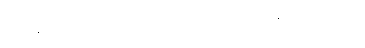
ယူအန်ဒီပီ ကိုလည်း အီးမေးနဲ့ ဆက်သွယ်မေးမြန်းထားပါတယ်။